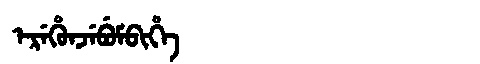
Manchu: ᡝᡵᡝᡥᡠᠨᠵᡝᠪᡠᠮᠪᡳᡥᡝ
Romanization: EREHUNJEBUMBIHE